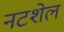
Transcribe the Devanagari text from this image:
नटशेल